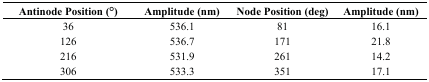
| Antinode Position (°) | Amplitude (nm) | Node Position (deg) | Amplitude (nm) |
 | --- | --- | --- | --- |
 | 36 | 536.1 | 81 | 16.1 |
 | 126 | 536.7 | 171 | 21.8 |
 | 216 | 531.9 | 261 | 14.2 |
 | 306 | 533.3 | 351 | 17.1 |